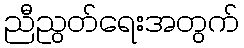
ညီညွတ်ရေးအတွက်